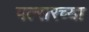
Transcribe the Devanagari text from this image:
पल्सरच्या